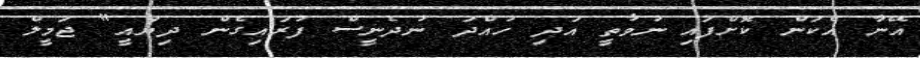
އޭނާ އެކަން ކޮށްފައި ނުވާތީ އަދި ހުއްދަ ނުދެނީސް ފުރައިގެން ދިޔައީ" ޖަމީލް